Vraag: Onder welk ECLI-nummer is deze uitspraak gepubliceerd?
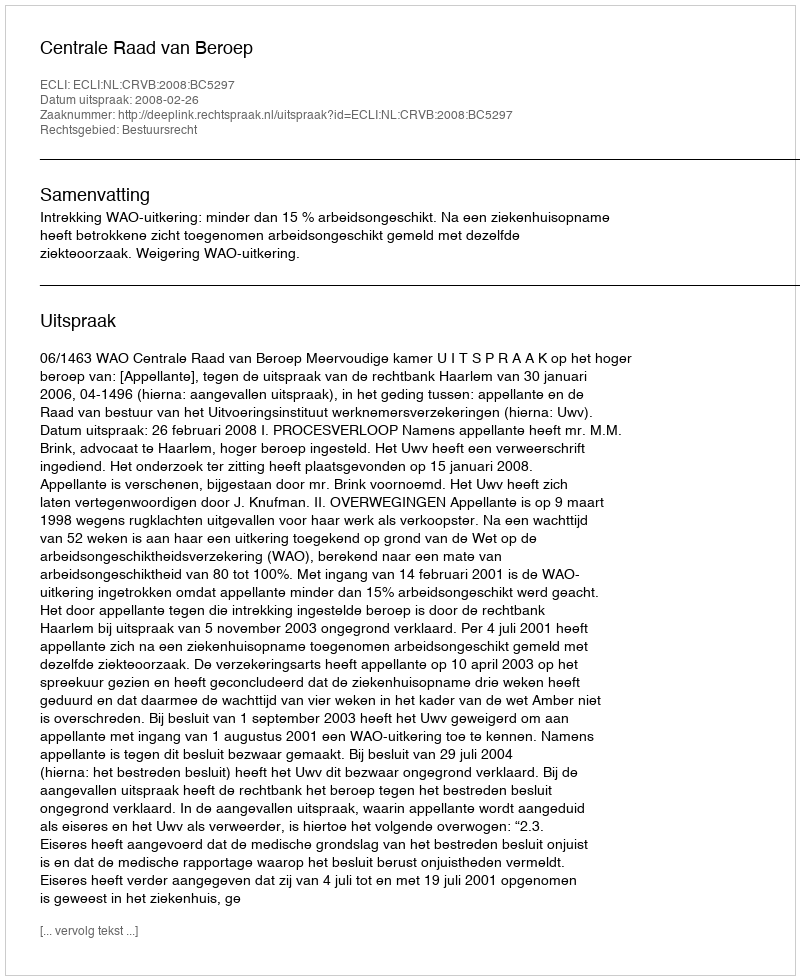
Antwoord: ECLI:NL:CRVB:2008:BC5297